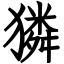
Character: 獜